Lunatic asylums in Bengal annual reports 1899-1911 - 1899-1911
Year: 1899
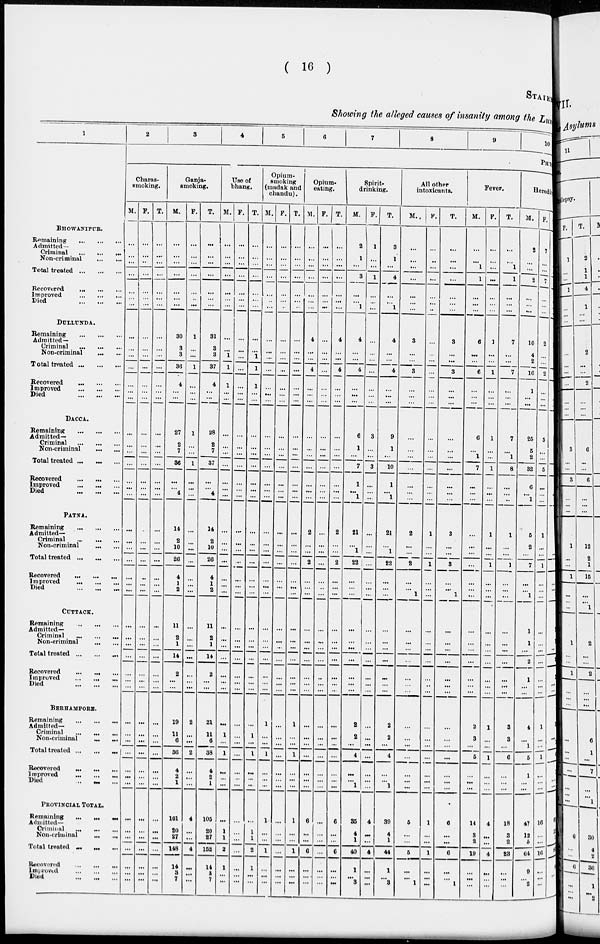
( 16 )
STATE
Showing the alleged causes of insanity among the Lun
1
BHOWANIPUR.
Remaining ... ... ...
Admitted
Criminal ... ... ...
Non-criminal
...
...
Total treated
...
...
...
Recovered
...
...
...
Improved
Died
...
...
...
DULLUNDA.
Remaining
...
...
...
Admitted-
Criminal
...
...
...
Non-criminal ... ...
Total treated ... ... ...
Recovered ... ... ...
Improved
...
...
...
Died
...
...
...
DACCA.
Remaining
...
...
...
Admitted-
Criminal ... ... ...
Non-criminal ... ...
Total treated
...
...
...
Recovered
...
...
...
Improved ... ... ...
Died
...
...
...
PATNA.
Remaining
...
...
...
Admitted—
Criminal
...
...
...
Non-criminal ... ...
Total treated ... ... ...
Recovered
...
... ...
Improved
...
...
...
Died
...
...
...
CUTTACK.
Remaining
...
...
...
Admitted—
Criminal ... ... ...
Non-criminal ... ... ...
Total treated
...
...
...
Recovered ... ... ...
Improved ... ... ...
Died
...
...
...
BERHAMPORE.
Remaining
...
...
...
Admitted-
Criminal
...
...
...
Non-criminal
...
...
Total treated ...
Recovered
...
...
...
Improved
...
...
...
Died
...
...
...
PROVINCIAL TOTAL.
Remaining ... ... ...
Admitted—
Criminal
...
...
...
Non-criminal
...
...
Total treated ... ... ...
Recovered
...
...
...
Improved
...
...
...
Died
...
...
...
2
3
4
5
6
7
8
9
Charas-
smoking.
M.
...
...
...
...
...
...
...
...
...
...
...
...
...
...
...
...
...
...
...
...
...
...
...
...
...
...
...
...
...
...
...
...
...
...
...
...
...
...
...
...
...
...
...
...
...
...
...
...
F.
...
...
...
...
...
...
...
...
...
...
...
...
...
...
...
...
...
...
...
...
...
...
...
...
...
...
...
...
...
...
...
...
...
...
...
...
...
...
...
...
...
...
...
...
...
...
...
...
...
T.
...
...
...
...
...
...
...
...
...
...
...
...
...
...
...
...
...
...
...
...
...
...
...
...
...
...
...
...
...
...
...
...
...
...
...
...
...
...
...
...
...
...
...
...
...
...
...
...
...
Ganja-
smoking.
M.
...
...
...
...
...
...
...
30
3
3
36
4
...
...
27
2
7
36
...
...
4
14
2
10
26
4
1
2
11
2
1
14
2
...
...
19
11
6
36
4
2
1
101
20
27
148
14
3
7
F.
...
...
...
...
...
...
...
1
...
...
1
...
...
...
1
...
...
1
...
...
...
...
...
...
...
...
...
...
...
...
...
...
...
...
...
2
...
...
2
...
...
...
4
...
...
4
...
...
...
T.
...
...
...
...
...
...
...
31
3
3
37
4
...
...
28
2
7
37
...
...
4
14
2
10
26
4
1
2
11
2
1
14
2
...
...
21
11
6
38
4
2
1
105
50
27
152
14
8 7
Use of
bhang.
M.
...
...
...
...
...
...
...
...
...
1
1
1
...
...
...
...
...
...
...
...
...
...
...
...
...
...
...
...
...
...
...
...
...
...
...
...
1
...
1
...
...
...
...
1
1
2
l
...
...
F.
...
...
...
...
...
...
...
...
...
...
...
...
...
...
...
...
...
...
...
...
...
...
...
...
...
...
...
...
...
...
...
...
...
...
...
...
...
...
...
...
...
...
...
...
...
...
...
...
...
T.
...
...
...
...
...
...
...
...
...
1
1
1
...
...
...
...
...
...
...
...
...
...
...
...
...
...
...
...
...
...
...
...
...
...
...
...
1
...
1
...
...
...
...
1
1
2
1
...
...
Opium-
smoking
(madak and
chandu).
M.
...
...
...
...
...
...
...
...
...
...
...
...
...
...
...
...
...
...
...
...
...
...
...
...
...
...
...
...
...
...
...
...
...
...
...
1
...
...
1
...
...
...
1
...
...
1
...
...
...
F.
...
...
...
...
...
...
...
...
...
...
...
...
...
...
...
...
...
...
...
...
...
...
...
...
...
...
...
...
...
...
...
...
...
...
...
...
...
...
...
...
...
...
...
...
...
...
...
...
T.
...
...
...
...
...
...
...
...
...
...
...
...
...
...
...
...
...
...
...
...
...
...
...
...
...
...
...
...
...
...
...
...
...
...
...
1
...
...
1
...
...
...
1
...
...
1
...
...
...
Opium-
eating.
M.
...
...
...
...
...
...
...
4
...
...
4
...
...
...
...
...
...
...
...
...
...
2
...
...
2
...
...
...
...
...
...
...
...
...
...
...
...
...
...
...
...
...
6
6
...
6
...
...
...
F.
...
...
...
...
...
...
...
...
...
...
...
...
...
...
...
...
...
...
...
...
...
...
...
...
...
...
...
...
...
...
...
...
...
...
...
...
...
...
...
...
...
...
...
...
...
...
...
...
T.
...
...
...
...
...
...
...
4
...
...
4
...
...
...
...
...
...
...
...
...
...
2
...
...
2
...
...
...
...
...
...
...
...
...
...
...
...
...
...
...
...
...
6
...
...
6
...
...
...
Spirit-
drinking.
M.
2
1
...
3
...
...
1
4
...
...
4
...
...
...
6
1
...
7
1
...
1
21
...
1
22
...
...
...
...
...
...
...
...
...
...
2
2
...
4
...
...
1
35
...
1
40
1
...
3
F.
1
...
...
1
...
...
...
...
...
...
...
...
...
...
3
...
...
3
...
...
...
...
...
...
...
...
...
...
...
...
...
...
...
...
...
...
...
...
...
...
...
...
4
...
...
4
...
...
...
T.
3
1
...
4
...
...
1
4
...
...
4
...
...
...
9
1
...
10
1
...
1
21
...
1
22
...
...
...
...
...
...
...
...
...
...
2
2
...
4
...
...
1
39
...
1
44
1
...
3
All other
intoxicants.
M.
...
...
...
...
...
...
...
3
...
...
3
...
...
...
...
...
...
...
...
...
...
2
...
...
2
...
...
1
...
...
...
...
...
...
...
...
...
...
...
...
...
...
6
...
...
5
...
...
1
F.
...
...
...
...
...
...
...
...
...
...
...
...
...
...
...
...
...
...
...
...
...
1
...
...
1
...
...
...
...
...
...
...
...
...
...
...
...
...
...
...
...
...
1
...
...
1
...
...
...
T.
...
...
...
...
...
...
...
3
...
...
3
...
...
...
...
...
...
...
...
...
...
3
...
...
3
...
...
1
...
...
...
...
...
...
...
...
...
...
...
...
...
...
6
...
...
6
...
...
1
Fever.
M.
...
...
1
1
...
...
...
6
...
...
6
...
...
...
6
...
1
7
...
...
...
...
...
...
...
...
...
...
...
...
...
...
...
...
...
2
3
...
5
...
...
...
14
3
2
19
...
...
...
F.
...
...
...
...
...
...
1
...
...
1
...
...
...
1
...
...
1
...
...
...
1
...
...
1
...
...
...
...
...
...
...
...
...
...
1
...
...
1
...
...
4
...
...
4
...
...
...
T.
...
...
1
1
...
...
...
7
...
...
7
...
...
...
7
...
1
8
...
...
...
1
...
...
1
...
...
...
...
...
...
...
...
...
...
3
3
...
6
...
...
...
18
3
2
23
...
...
...
10
PHI
Heredit
M.
2
...
...
2
...
...
...
10
4
2
16
1
...
...
25
5
2
32
6
...
1
5
2
...
7
...
...
1
1
1
...
2
1
...
...
4
...
1
5
1
...
...
47
12
5
64
9
...
2
F.
7
...
...
7
...
...
...
2
...
...
2
...
...
...
5
...
...
5
...
...
...
1
...
...
1
...
...
...
...
...
...
...
...
...
...
1
...
...
1
...
...
...
16
...
...
16
...
...
...